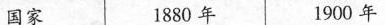
国家 1880年 1900年